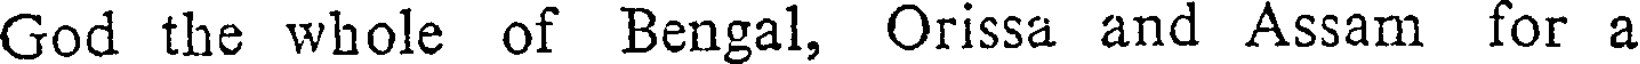
God the whole of Bengal, Orissa and Assam for a